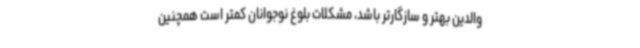
والدین بهتر و سازگارتر باشد، مشکلات بلوغ نوجوانان کمتر است همچنین